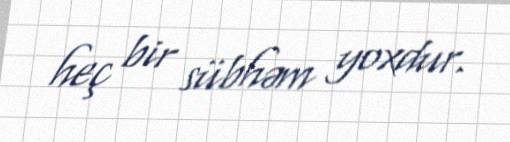
heç bir sübhəm yoxdur.